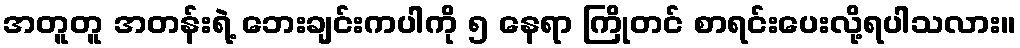
အတူတူ အတန်းရဲ့ ဘေးချင်းကပါကို ၅ နေရာ ကြိုတင် စာရင်းပေးလို့ရပါသလား။